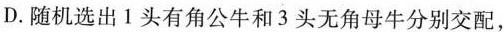
D.随机选出1头有角公牛和3头无角母牛分别交配，